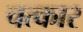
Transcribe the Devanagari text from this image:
चत्कार